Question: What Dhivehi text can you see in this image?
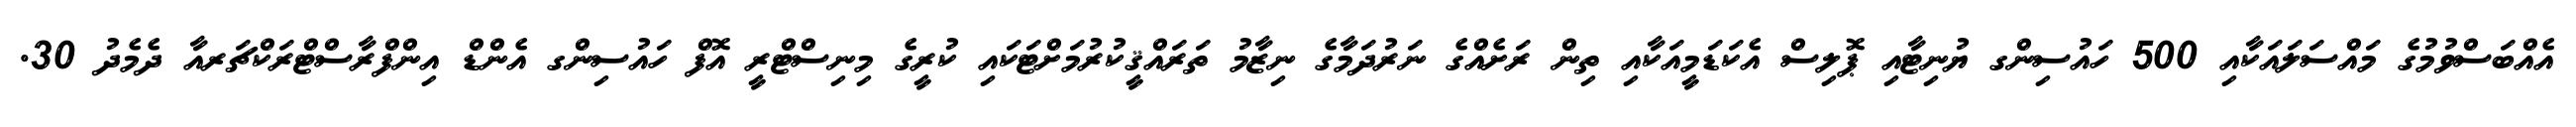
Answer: އެއްބަސްވުމުގެ މައްސަލައަކާއި 500 ހައުސިންގ ޔުނިޓާއި ޕޮލިސް އެކަޑަމީއަކާއި ތިން ރަށެއްގެ ނަރުދަމާގެ ނިޒާމު ތަރައްޤީކުރުމަށްޓަކައި ކުރީގެ މިނިސްޓްރީ އޮފް ހައުސިންގ އެންޑް އިންފްރާސްޓްރަކްޗަރއާ ދެމެދު 30.